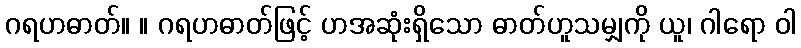
ဂရဟဓာတ်။ ။ ဂရဟဓာတ်ဖြင့် ဟအဆုံးရှိသော ဓာတ်ဟူသမျှကို ယူ၊ ဂါရော ဝါ